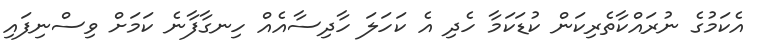
އެކަމުގެ ނުރައްކާތެރިކަން ކުޑަކަމާ ހެދި އެ ކަހަލަ ހާދިސާއެއް ހިނގާފާނެ ކަމަށް ވިސްނިފައި